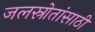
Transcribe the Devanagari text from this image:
जलस्रोतांसाठी